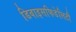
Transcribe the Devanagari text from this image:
डिवाइसफिडेलिटी